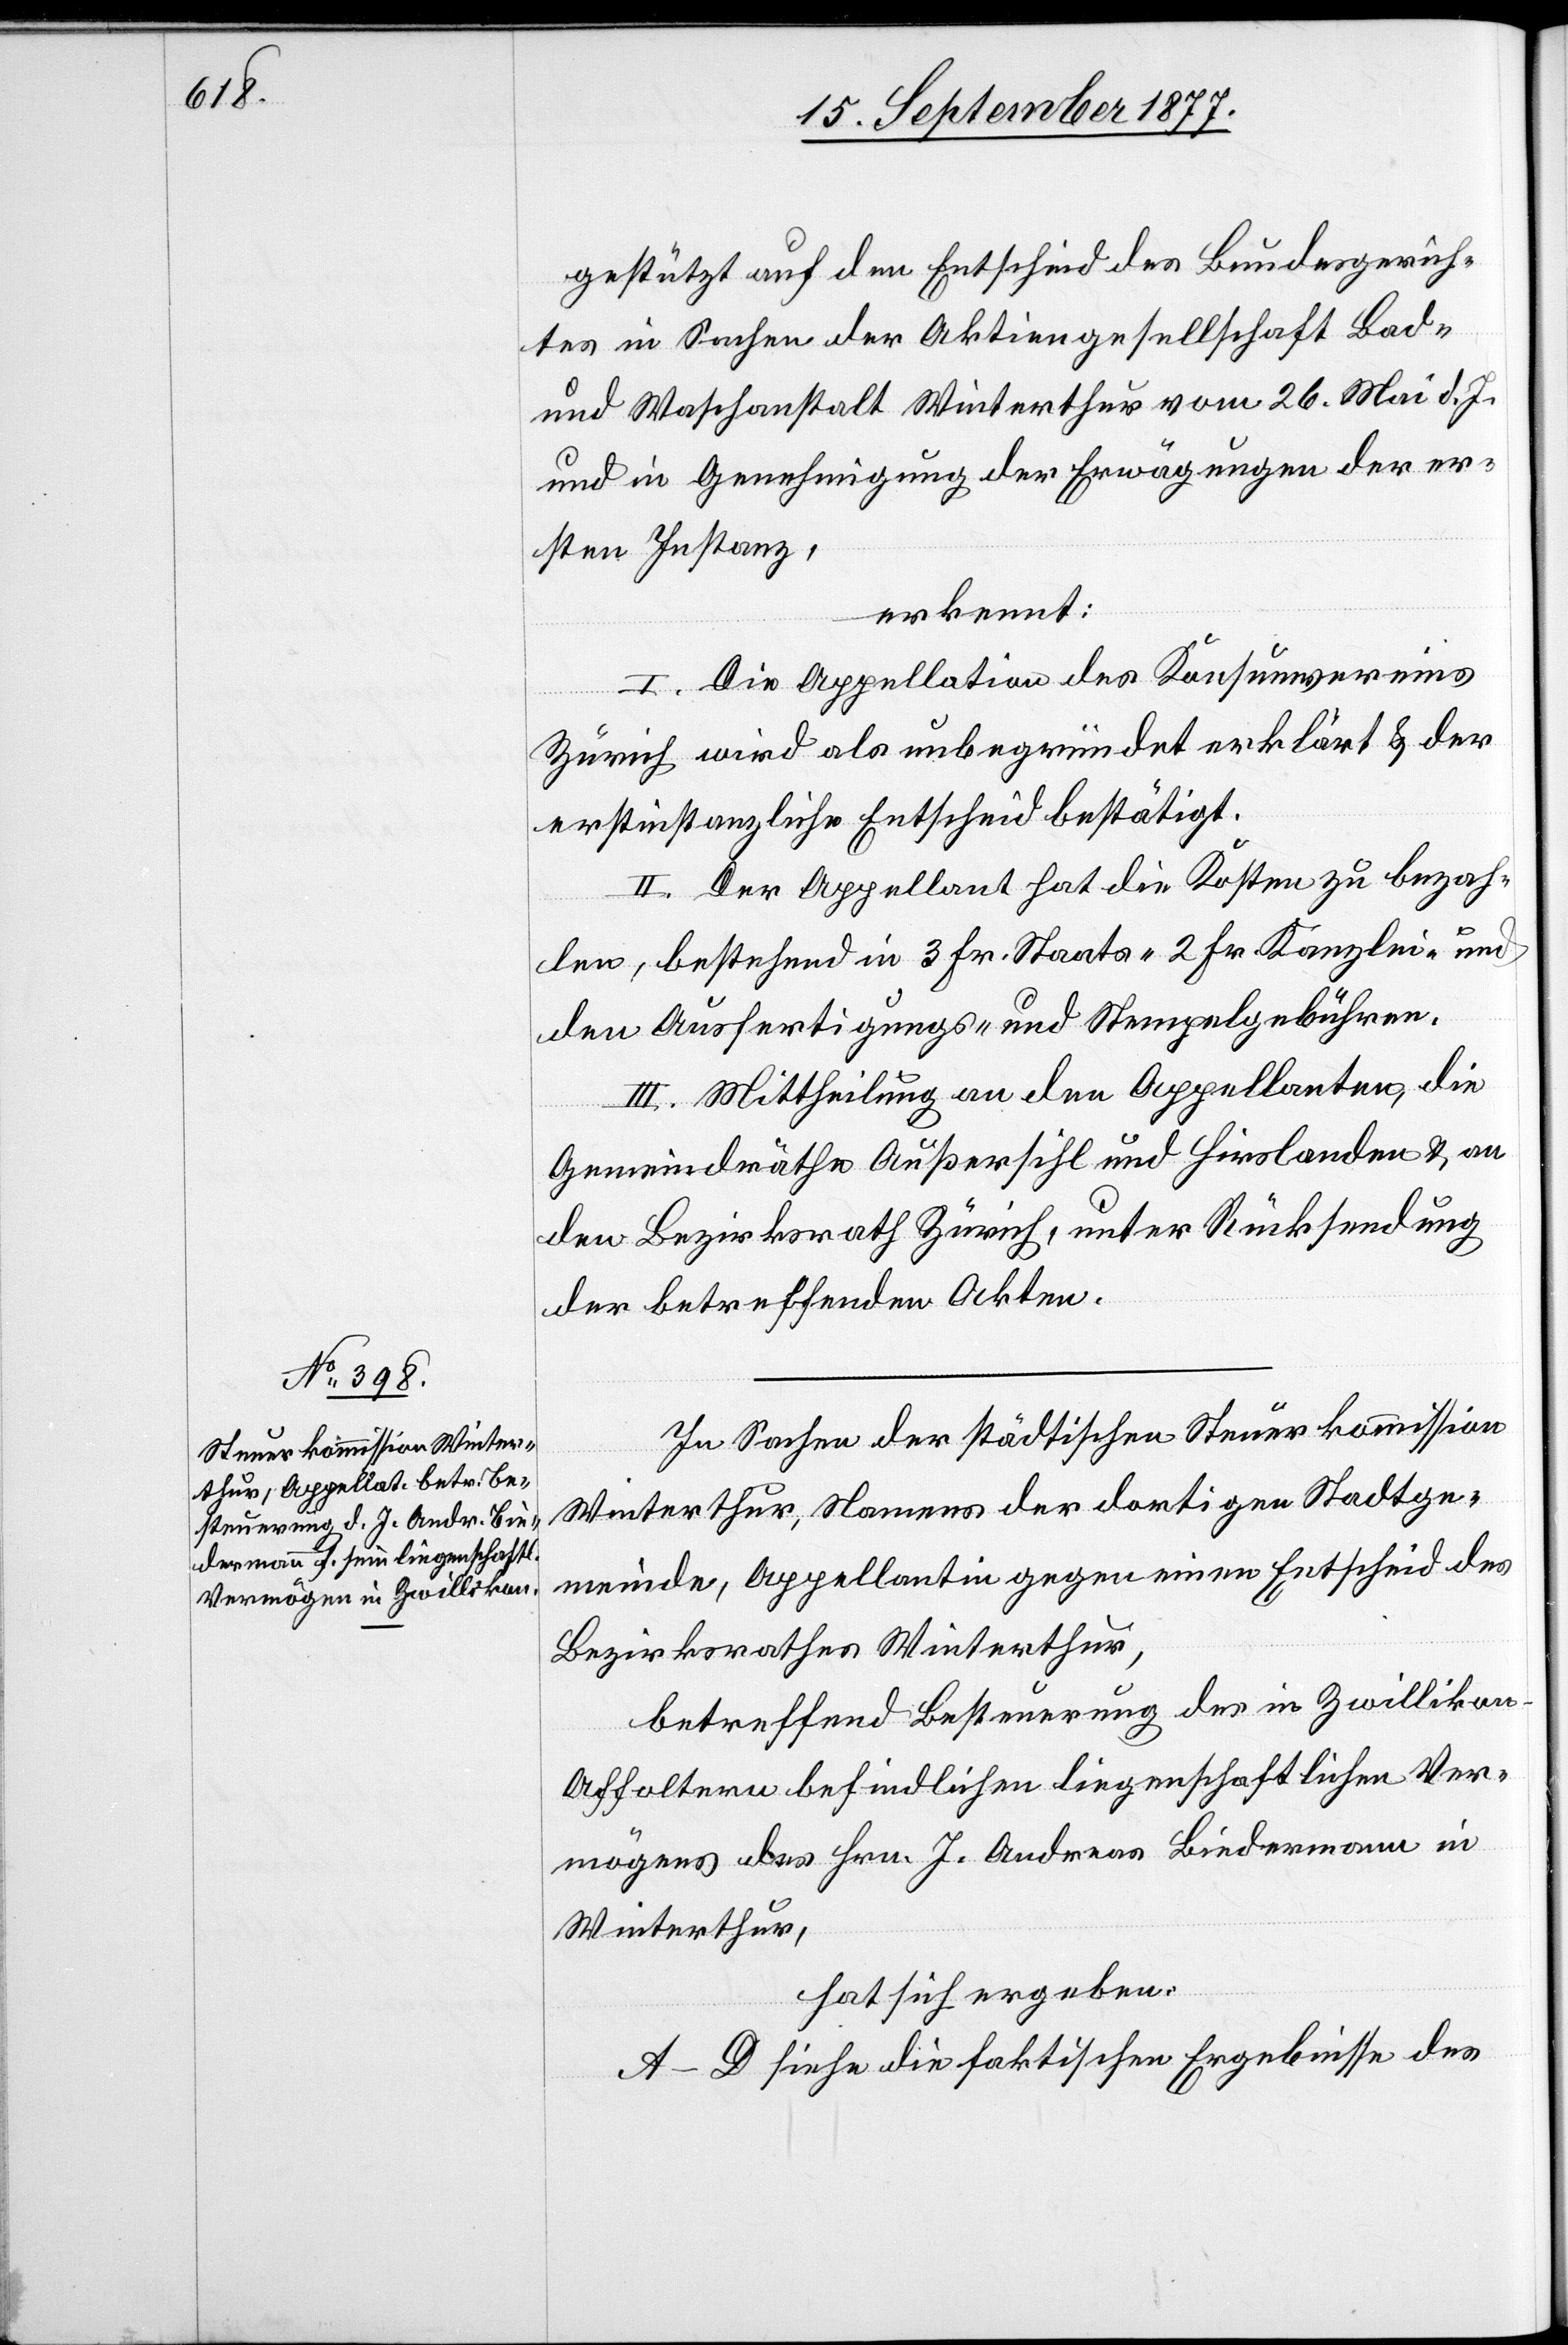
gestützt auf den Entscheid des Bundesgerich¬
tes in Sachen der Aktiengesellschaft Bad-
und Waschanstalt Winterthur vom 26. Mai d. J.
und in Genehmigung der Erwägungen der er¬
sten Instanz,
erkennt:
I. Die Appellation des Konsumvereins
Zürich wird als unbegründet erklärt & der
erstinstanzliche Entscheid bestätigt.
II. Der Appellant hat die Kosten zu bezah¬
len, bestehend in 3 Fr. Staats-[,] 2 Fr. Kanzlei- und
den Ausfertigungs- und Stempelgebühren.
III. Mittheilung an den Appellanten, die
Gemeindräthe Außersihl und Hirslanden & an
den Bezirksrath Zürich, unter Rücksendung
der betreffenden Akten.